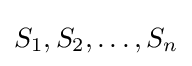
S_{1},S_{2},\dots ,S_{n}